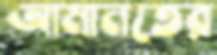
আমানতের